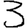
Digit: 3